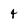
Character: 4